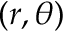
( r , \theta )